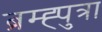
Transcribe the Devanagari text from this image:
ब्रम्ह्पुत्रा